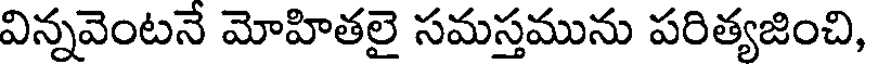
విన్నవెంటనే మోహితలై సమస్తమును పరిత్యజించి,